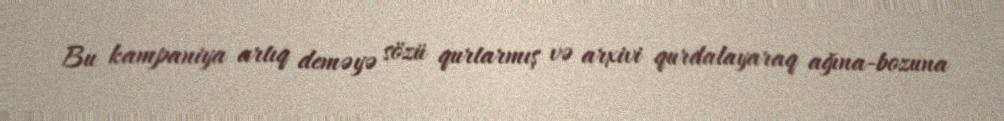
Bu kampaniya artıq deməyə sözü qurtarmış və arxivi qurdalayaraq ağına-bozuna